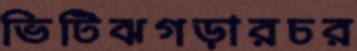
ভিটিঝগড়ারচর